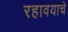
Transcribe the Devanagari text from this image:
रहावयाचे